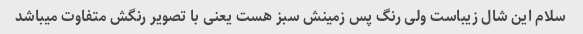
سلام این شال زیباست ولی رنگ پس زمینش سبز هست یعنی با تصویر رنگش متفاوت میباشد